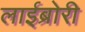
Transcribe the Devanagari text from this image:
लाईब्रोरी